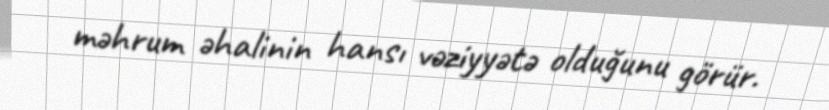
məhrum əhalinin hansı vəziyyətə olduğunu görür.